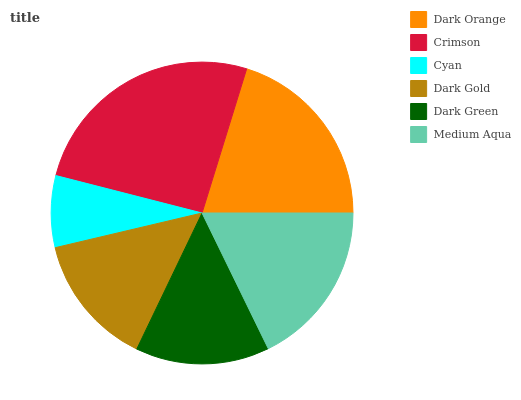
| Dark Orange | Crimson | Cyan | Dark Gold | Dark Green | Medium Aqua |
 | --- | --- | --- | --- | --- | --- |
 | 20.2% | 25.8% | 7.67% | 14.2% | 14.3% | 17.8% |